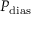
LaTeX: \! P _ { \mathrm { d i a s } }